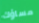
مساؤك